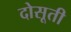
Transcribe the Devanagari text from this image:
दोसूती